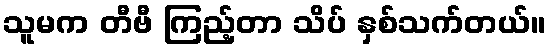
သူမက တီဗီ ကြည့်တာ သိပ် နှစ်သက်တယ်။